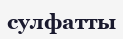
сулфатты